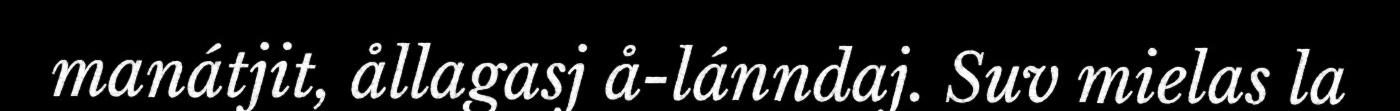
manátjit, ållagasj å-lánndaj. Suv mielas la